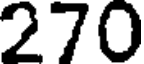
270